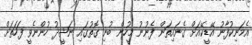
އެމަނިކުފާނު އޭޑީކޭއަށް ގެނައިތަން ފެނުނު މީހުން ބުނި ގޮތުގައި ނަޝީދު ހުންނެވީ ފަހަތަށް